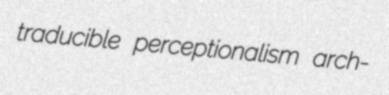
traducible perceptionalism arch-